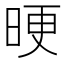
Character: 𣆳